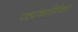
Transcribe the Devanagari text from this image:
पक्ष्यांव्यतिरिक्त